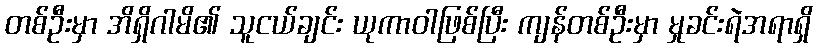
တစ်ဦးမှာ အိရှိဂါမိ၏ သူငယ်ချင်း ယုကာဝါဖြစ်ပြီး ကျန်တစ်ဦးမှာ မှုခင်းရဲအရာရှိ